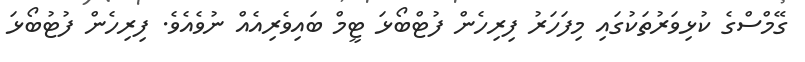
ގޭމްސްގެ ކުޅިވަރުތަކުގައި މިފަހަރު ފިރިހެން ފުޓްބޯޅަ ޓީމް ބައިވެރިއެއް ނުވެއެވެ. ފިރިހެން ފުޓުބޯޅަ